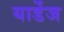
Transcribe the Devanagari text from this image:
यार्डेज